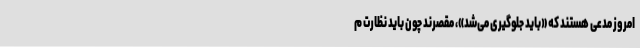
امروز مدعی هستند که «باید جلوگیری می‌شد»، مقصرند چون باید نظارت م